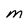
Character: M